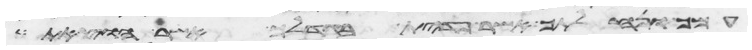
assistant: עמך ונחלתך אשר פדית בגדלך אשר הוצאת